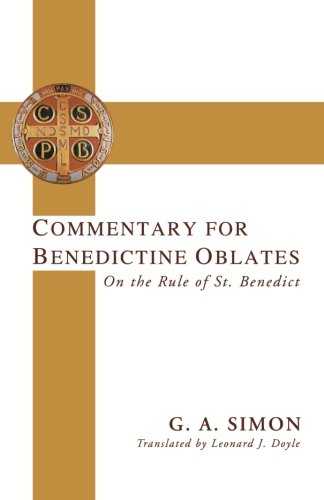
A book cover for Commentary for Benedictine Oblates: On the Rule of St. Benedict; G. A. Simon; Christian Books & Bibles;